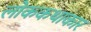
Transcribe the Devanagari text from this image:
लोककथाकार